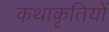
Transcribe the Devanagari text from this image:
कथाकृतियों